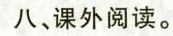
八、课外阅读。